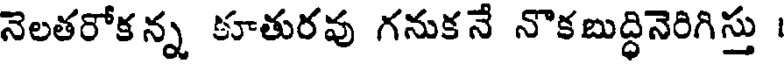
నెలతరోకన్న కూతురవు గనుకనే నొకబుద్ధినెరిగిస్తు